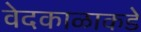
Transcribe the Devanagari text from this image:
वेदकाळाकडे